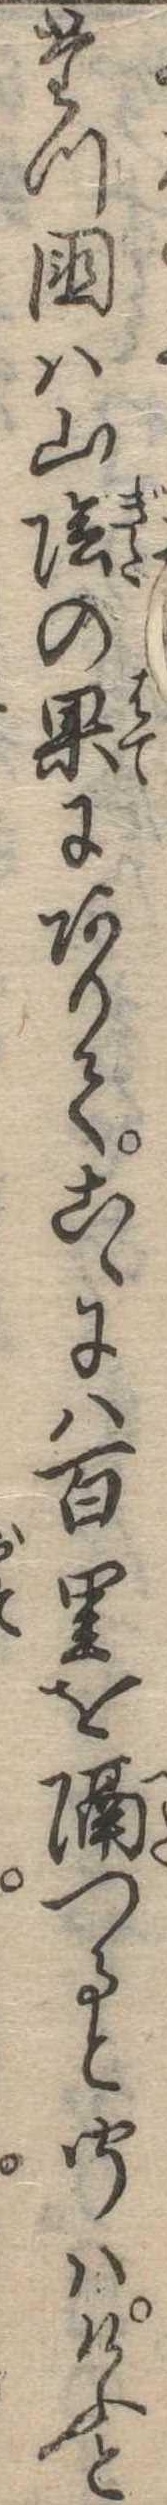
たつ国は山陰の果にありてこゝには百里を隔つると聞はけふと